Report on vaccination in the Province of Bengal - 1874-1889
Year: 1874
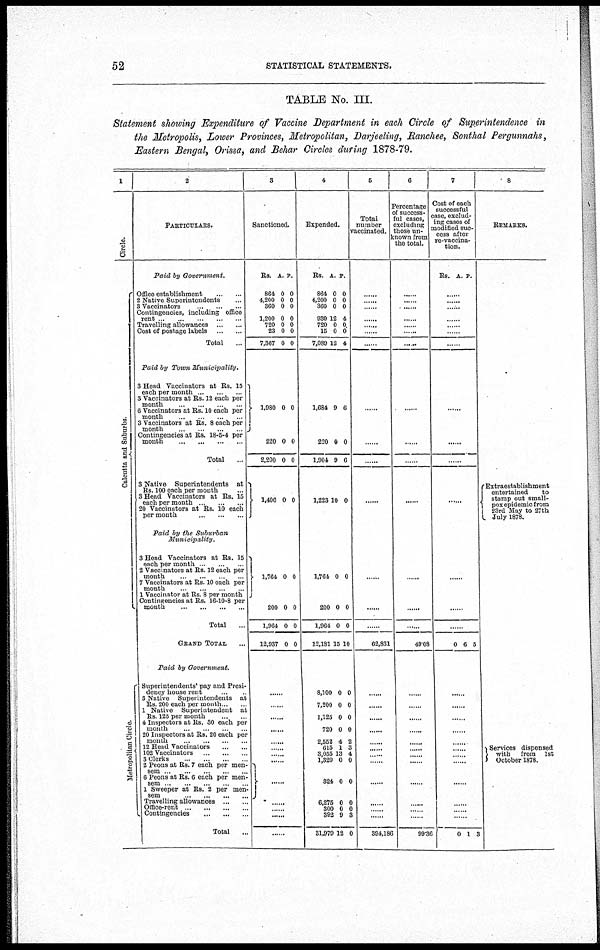
52
STATISTICAL STATEMENTS.
TABLE No. III.
Statement showing Expenditure of Vaccine Department in each Circle of Superintendence in
the Metropolis, Lower Provinces, Metropolitan, Darjeeling, Ranchee, Sonthal Pergunnahs,
Eastern Bengal, Orissa, and Behar Circles during 1878-79.
1
Circle.
Calcutta and Suburbs.
Metropolitan Circle.
2
PARTICULARS.
Paid by Government.
Office establishment
...
...
2 Native Superintendents ...
3 Vaccinators
...
...
...
Contingencies, including office
rent
...
...
...
...
...
Travelling allowances
...
...
Cost of postage labels
...
...
Total ...
Paid by Town
Municipality.
3 Head Vaccinators at Rs. 15
each per month ... ... ...
3 Vaccinators at Rs. 12 each per
month ... ... ... ...
6 Vaccinators at Rs. 10 each per
month
...
...
...
...
3 Vaccinators at Rs. 8 each per
month ... ... ... ...
Contingencies at Rs. 18-5-4 per
month
...
...
...
...
Total ...
3 Native Superintendents at
Rs. 100 each per month ...
3 Head Vaccinators at Rs. 15
each per month
...
...
...
20 Vaccinators at Rs. 10 each
per month
...
...
...
Paid by the Suburban
Municipality.
3 Head Vaccinators at Rs. 15
each per month ... ... ...
2 Vaccinators at Rs. 12 each per
month ... ... ... ...
7 Vaccinators at Rs. 10 each per
month
...
...
...
...
1 Vaccinator at Rs 8 per month
Contingencies at Rs. 16-10-8 per
month
...
...
...
...
Total ...
GRAND TOTAL ...
Paid by Government.
Superintendents' pay and Presi-
dency house rent
3 Native Superintendents at
Rs. 200 each per month ... ...
1 Native Superintendent at
Rs. 125 per month
...
...
4 Inspectors at Rs. 30 each per
month ... ... ... ...
20 Inspectors at Rs. 20 each per
month
...
...
...
...
12 Head Vaccinators
...
...
102 Vaccinators ... ... ...
3 Clerks
...
...
...
...
2 Peons at Rs. 7 each per men-
sem ... ... ... ... ...
6 Peons at Rs. 6 each per men-
sem ... ... ... ... ...
1 Sweeper at Rs. 2 per men-
sem ... ... ... ...
Travelling allowances
...
...
Office-rent
...
...
...
...
Contingencies
...
...
...
Total ...
3
Sanctioned.
Rs.
864
4,200
360
1,200
720
23
7,367
A.
0
0
0
0
0
0
0
P.
0
0
0
0
0
0
0
1,980
220
2,200
1,406
0
0
0
0
0
0
0
0
1,764
200
1,964
12,937
0
0
0
0
0
0
0
0
......
......
......
......
......
...... ......
......
......
......
......
......
......
4
Expended.
Rs.
864
4,200
360
930
720
15
7,089
A.
0
0
0
12
0
0
12
P.
0
0
0
4
0
0
4
1,684
220
1,904
1,223
9
0
9
10
6
0
6
0
1,764
200
1,964
12,181
0
0
0
15
0
0
0
10
8,100
7,200
1,125
720
2,552
615
3,055
1,320
324
6,275
300
392
31,979
0
0
0
0
4
1
13
0
0
0
0
9
12
0
0
0
0
2
3
4
0
0
0
0
3
0
5
Total
number
vaccinated.
......
......
......
......
......
......
......
......
......
......
......
......
......
......
62,831
......
......
......
......
......
......
......
......
......
......
......
......
394,186
6
Percentage
of success-
ful cases,
excluding
those un-
known from
the total.
......
......
......
......
......
......
......
......
......
......
......
......
......
......
49.08
......
......
......
......
......
......
......
......
......
......
......
......
99.36
7
Cost of each
successful
case, exclud-
ing cases of
modified suc-
cess after
re-vaccina¬
tion.
Rs. A. P.
......
......
......
......
......
......
......
......
......
......
......
......
......
......
0 6 5
......
......
......
......
......
......
......
......
......
......
......
......
0 1 3
8
REMARKS.
Extra establishment
entertained
to
stamp out small¬
pox epidemic from
23rd May to 27th
July 1878.
Services dispensed
with
from 1st
October 1878.